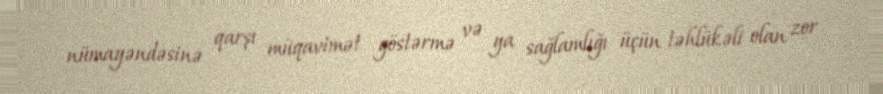
nümayəndəsinə qarşı müqavimət göstərmə və ya sağlamlığı üçün təhlükəli olan zor